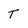
Character: T